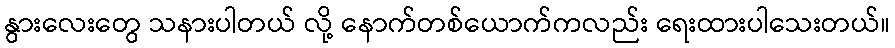
နွားလေးတွေ သနားပါတယ် လို့ နောက်တစ်ယောက်ကလည်း ရေးထားပါသေးတယ်။